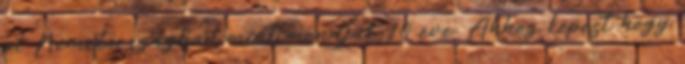
pl Németországban mint mondjuk 10 éve. Ahhoz képest hogy